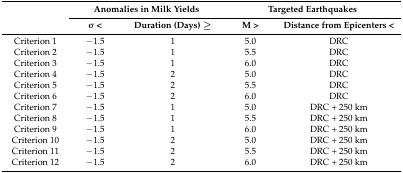
| <ROWSPAN=2>  | <COLSPAN=2> Anomalies in Milk Yields | <COLSPAN=2> Targeted Earthquakes |
 | σ < | Duration (Days) ≥ | M > | Distance from Epicenters < |
 | --- | --- | --- | --- | --- |
 | Criterion 1 | −1.5 | 1 | 5.0 | DRC |
 | Criterion 2 | −1.5 | 1 | 5.5 | DRC |
 | Criterion 3 | −1.5 | 1 | 6.0 | DRC |
 | Criterion 4 | −1.5 | 2 | 5.0 | DRC |
 | Criterion 5 | −1.5 | 2 | 5.5 | DRC |
 | Criterion 6 | −1.5 | 2 | 6.0 | DRC |
 | Criterion 7 | −1.5 | 1 | 5.0 | DRC + 250 km |
 | Criterion 8 | −1.5 | 1 | 5.5 | DRC + 250 km |
 | Criterion 9 | −1.5 | 1 | 6.0 | DRC + 250 km |
 | Criterion 10 | −1.5 | 2 | 5.0 | DRC + 250 km |
 | Criterion 11 | −1.5 | 2 | 5.5 | DRC + 250 km |
 | Criterion 12 | −1.5 | 2 | 6.0 | DRC + 250 km |